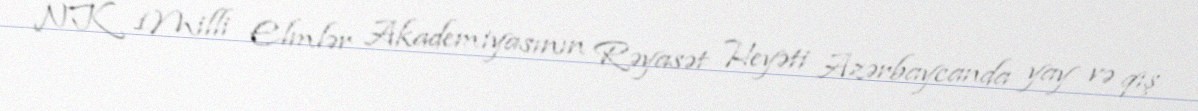
NK 1Milli Elmlər Akademiyasının Rəyasət Heyəti Azərbaycanda yay və qış